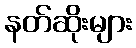
နတ်ဆိုးများ